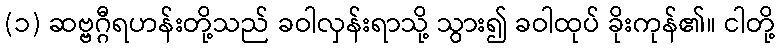
(၁) ဆဗ္ဗဂ္ဂီရဟန်းတို့သည် ခဝါလှန်းရာသို့ သွား၍ ခဝါထုပ် ခိုးကုန်၏။ ငါတို့